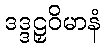
ဒဒ္ဒဠှဝိမာနံ